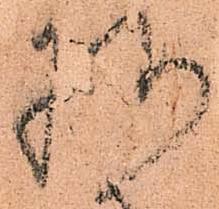
様